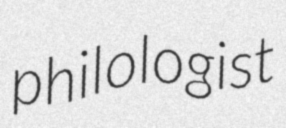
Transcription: philologist